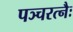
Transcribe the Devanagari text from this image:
पञ्चरत्नैः